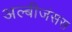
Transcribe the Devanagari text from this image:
अल्बीजंसस